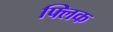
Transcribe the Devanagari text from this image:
फ्‍लिक